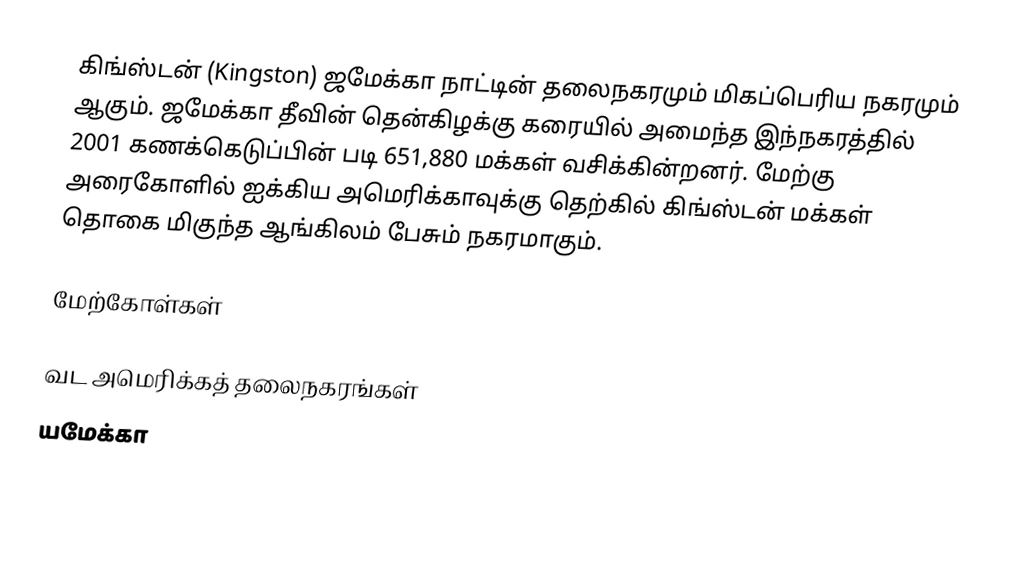
கிங்ஸ்டன் (Kingston) ஜமேக்கா நாட்டின் தலைநகரமும் மிகப்பெரிய நகரமும் ஆகும். ஜமேக்கா தீவின் தென்கிழக்கு கரையில் அமைந்த இந்நகரத்தில் 2001 கணக்கெடுப்பின் படி 651,880 மக்கள் வசிக்கின்றனர். மேற்கு அரைகோளில் ஐக்கிய அமெரிக்காவுக்கு தெற்கில் கிங்ஸ்டன் மக்கள் தொகை மிகுந்த ஆங்கிலம் பேசும் நகரமாகும்.

மேற்கோள்கள்

வட அமெரிக்கத் தலைநகரங்கள்
யமேக்கா